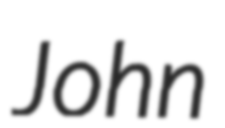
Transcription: John